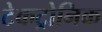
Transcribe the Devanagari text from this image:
टेकट्रोनिक